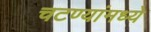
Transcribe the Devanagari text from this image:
चटण्यांमध्ये